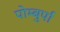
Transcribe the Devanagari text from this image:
पोम्बुर्पा